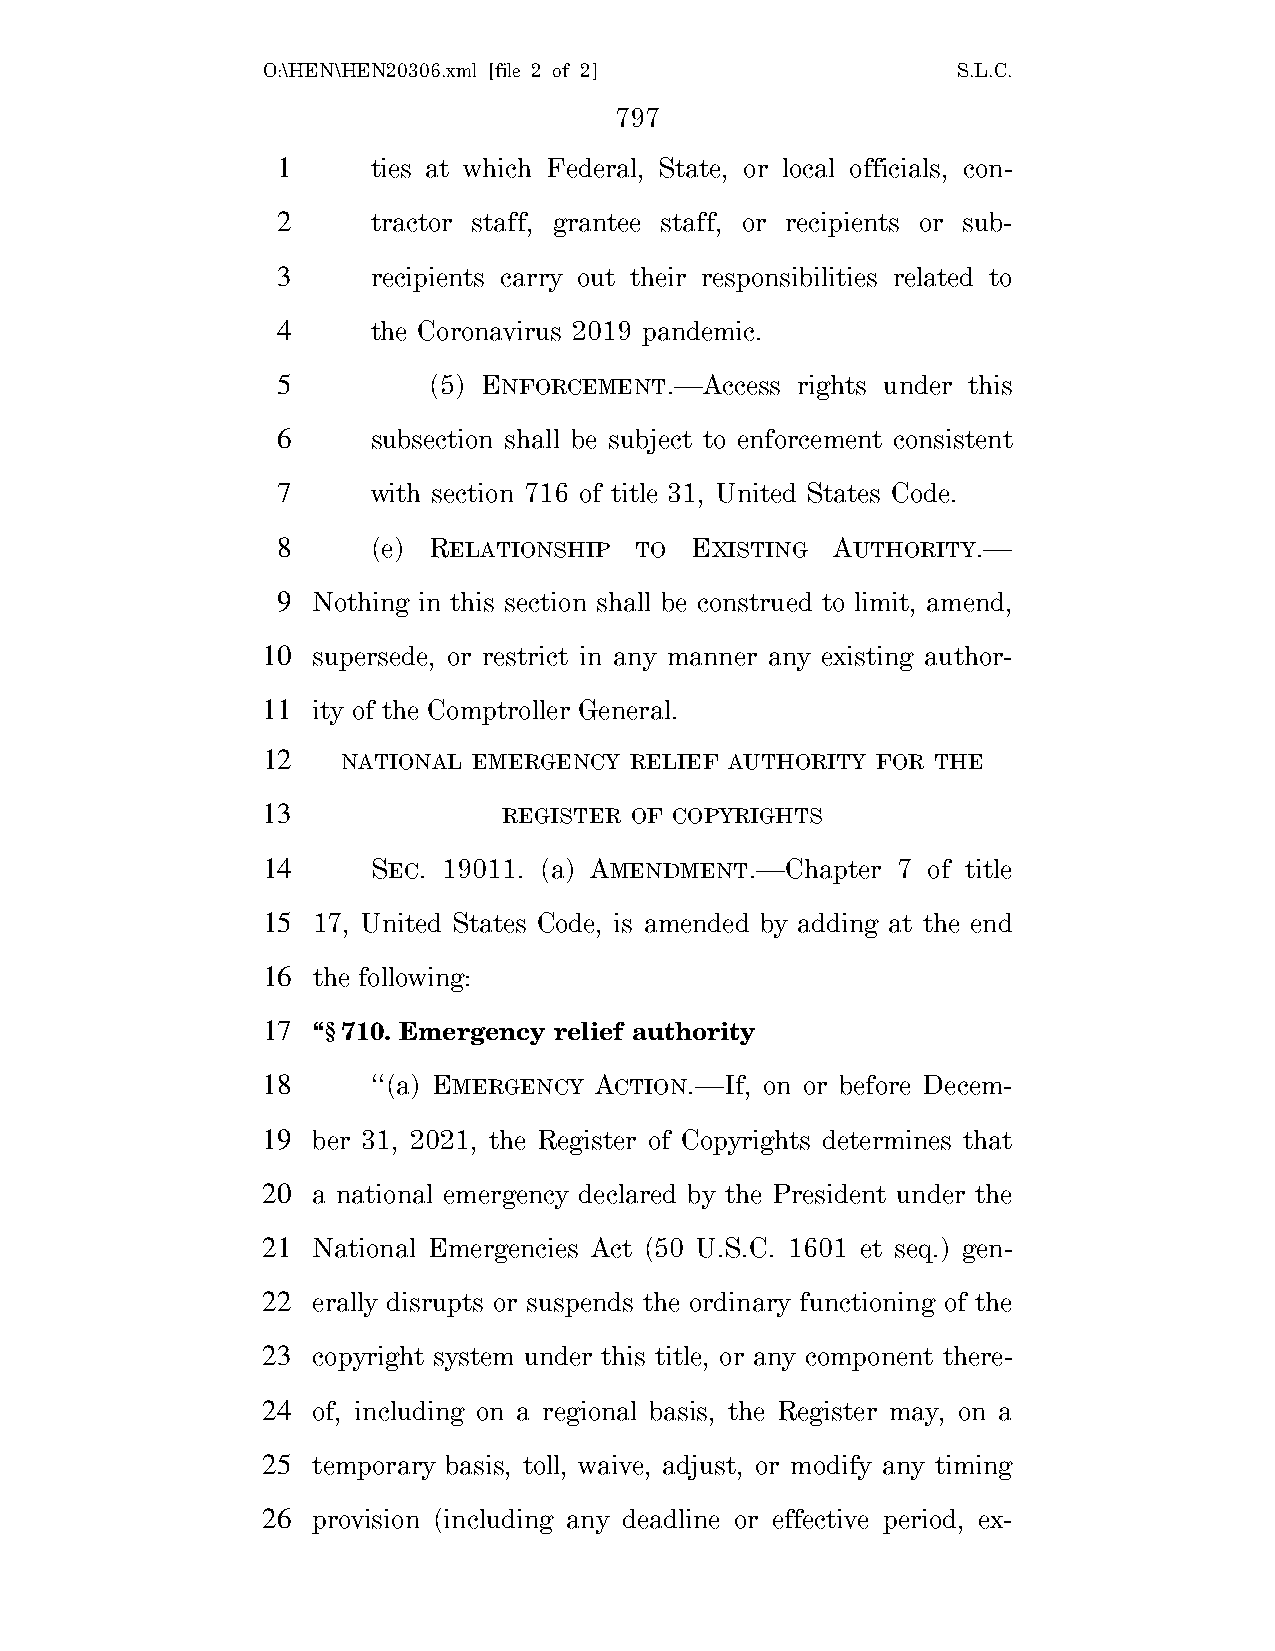
O:\HEN\HEN20306.xml [file 2 of 2]             S.L.C.
 797
 1      ties at which Federal, State, or local officials, con-
 2      tractor staff, grantee staff, or recipients or sub-
 3      recipients carry out their responsibilities related to
 4      the Coronavirus 2019 pandemic.
 5         (5) ENFORCEMENT.—Access  rights under this
 6      subsection shall be subject to enforcement consistent
 7      with section 716 of title 31, United States Code.
 8      (e) RELATIONSHIP TO  EXISTING AUTHORITY.—
 9  Nothing in this section shall be construed to limit, amend,
 10  supersede, or restrict in any manner any existing author-
 11  ity of the Comptroller General.
 12    NATIONAL EMERGENCY RELIEF AUTHORITY FOR THE
 13              REGISTER OF COPYRIGHTS
 14      SEC. 19011. (a) AMENDMENT.—Chapter 7 of title
 15  17, United States Code, is amended by adding at the end
 16  the following:
 17  ‘‘§710. Emergency relief authority
 18      ‘‘(a) EMERGENCY ACTION.—If, on or before Decem-
 19  ber 31, 2021, the Register of Copyrights determines that
 20  a national emergency declared by the President under the
 21  National Emergencies Act (50 U.S.C. 1601 et seq.) gen-
 22  erally disrupts or suspends the ordinary functioning of the
 23  copyright system under this title, or any component there-
 24  of, including on a regional basis, the Register may, on a
 25  temporary basis, toll, waive, adjust, or modify any timing
 26  provision (including any deadline or effective period, ex-